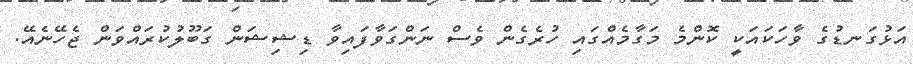
އަޅުގަނޑުގެ ވާހަކައަކީ ކޮންމެ މަގާމެއްގައި ހުރެގެން ވެސް ނަންގަވާފައިވާ ޑިޝިޝަން ގަބޫލުކުރައްވަން ޖެހޭނެއޭ.